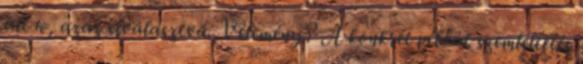
alt w, azaz elválasztva. Vélemény? A konkrét példát szemléltetés